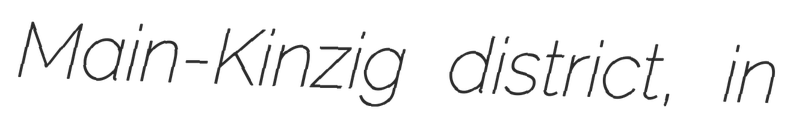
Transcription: Main-Kinzig district, in